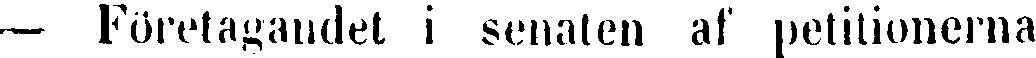
— Foretagandet i senaten af petitionerna